Welfare of youth, 1939
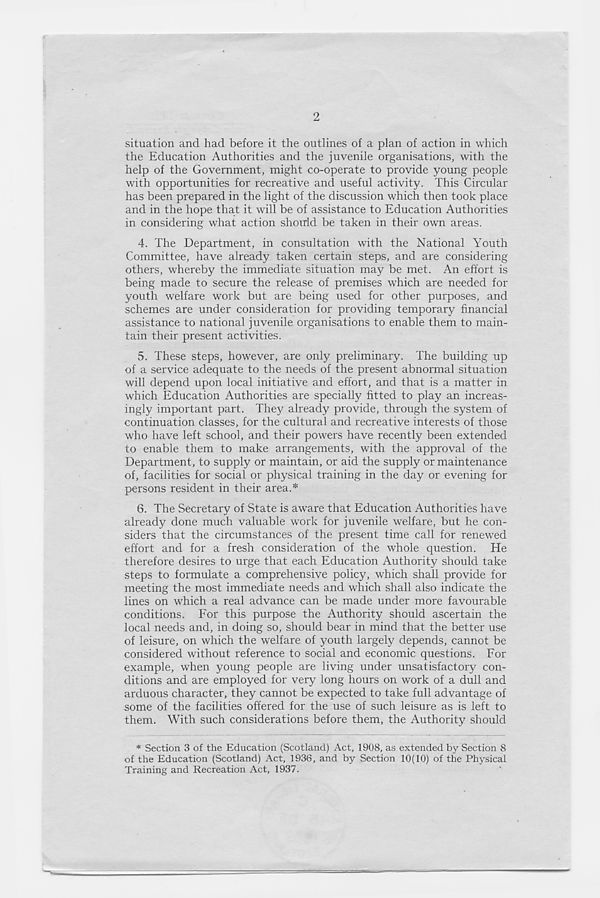
2
situation and had before it the outlines of a plan of action in which
the Education Authorities and the juvenile organisations, with the
help of the Government, might co-operate to provide young people
with opportunities for recreative and useful activity. This Circular
has been prepared in the light of the discussion which then took place
and in the hope that it will be of assistance to Education Authorities
in considering what action should be taken in their own areas.
4. The Department, in consultation with the National Youth
Committee, have already taken certain steps, and are considering
others, whereby the immediate situation may be met. An effort is
being made to secure the release of premises which are needed for
youth welfare work but are being used for other purposes, and
schemes are under consideration for providing temporary financial
assistance to national juvenile organisations to enable them to main-
tain their present activities.
5. These steps, however, are only preliminary. The building up
of a service adequate to the needs of the present abnormal situation
will depend upon local initiative and effort, and that is a matter in
which Education Authorities are specially fitted to play an increas-
ingly important part. They already provide, through the system of
continuation classes, for the cultural and recreative interests of those
who have left school, and their powers have recently been extended
to enable them to make arrangements, with the approval of the
Department, to supply or maintain, or aid the supply or maintenance
of, facilities for social or physical training in the day or evening for
persons resident in their area.*
6. The Secretary of State is aware that Education Authorities have
already done much valuable work for juvenile welfare, but he con-
siders that the circumstances of the present time call for renewed
effort and for a fresh consideration of the whole question. He
therefore desires to urge that each Education Authority should take
steps to formulate a comprehensive policy, which shall provide for
meeting the most immediate needs and which shall also indicate the
lines on which a real advance can be made under more favourable
conditions. For this purpose the Authority should ascertain the
local needs and, in doing so, should bear in mind that the better use
of leisure, on which the welfare of youth largely depends, cannot be
considered without reference to social and economic questions. For
example, when young people are living under unsatisfactory con-
ditions and are employed for very long hours on work of a dull and
arduous character, they cannot be expected to take full advantage of
some of the facilities offered for the use of such leisure as is left to
them. With such considerations before them, the Authority should
* Section 3 of the Education (Scotland) Act, 1908, as extended by Section 8
of the Education (Scotland) Act, 1936, and by Section 10(10) of the Physical
Training and Recreation Act, 1937.